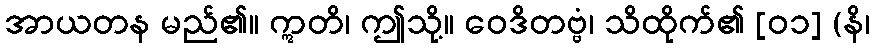
အာယတန မည်၏။ ဣတိ၊ ဤသို့။ ဝေဒိတဗ္ဗံ၊ သိထိုက်၏ [၀၁] (နိ၊